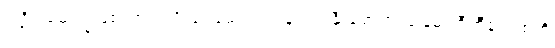
ပါဠိပါမောက္ခဖြစ်လာတဲ့ ဦးဖေမောင်တင်နဲ့ ရင်းနှီးခဲ့ရာက သူ့နှမ တီတီနဲ့ လုစ်တို့